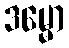
ဒမ္မော